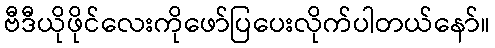
ဗီဒီယိုဖိုင်လေးကိုဖော်ပြပေးလိုက်ပါတယ်နော်။